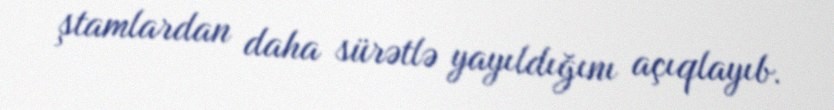
ştamlardan daha sürətlə yayıldığını açıqlayıb.